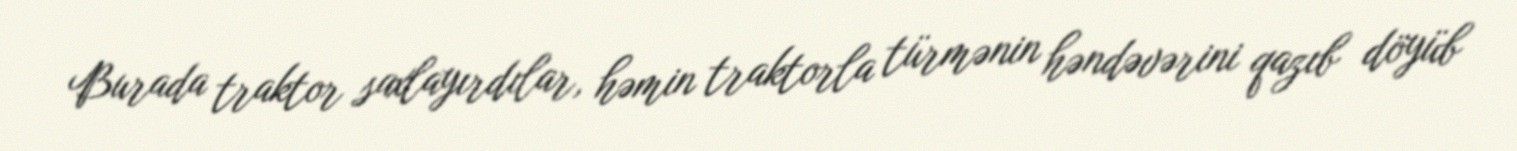
Burada traktor saxlayırdılar, həmin traktorla türmənin həndəvərini qazıb döyüb